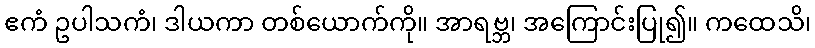
ဧကံ ဥပါသကံ၊ ဒါယကာ တစ်ယောက်ကို။ အာရဗ္ဘ၊ အကြောင်းပြု၍။ ကထေသိ၊